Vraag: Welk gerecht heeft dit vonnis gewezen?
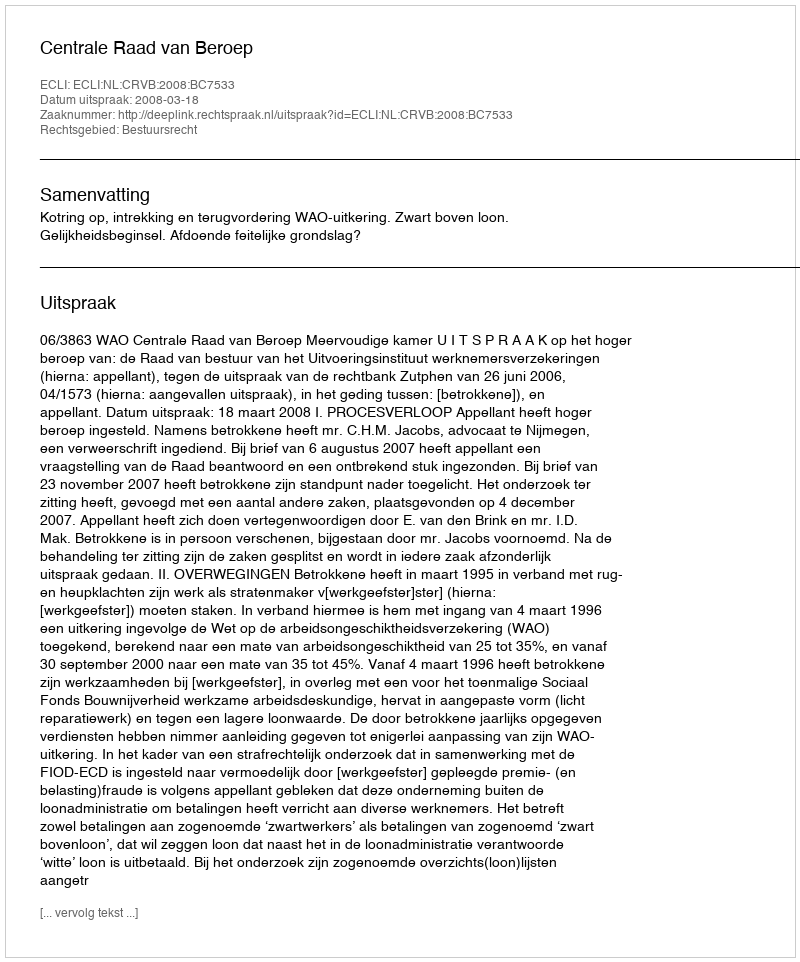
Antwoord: Centrale Raad van Beroep